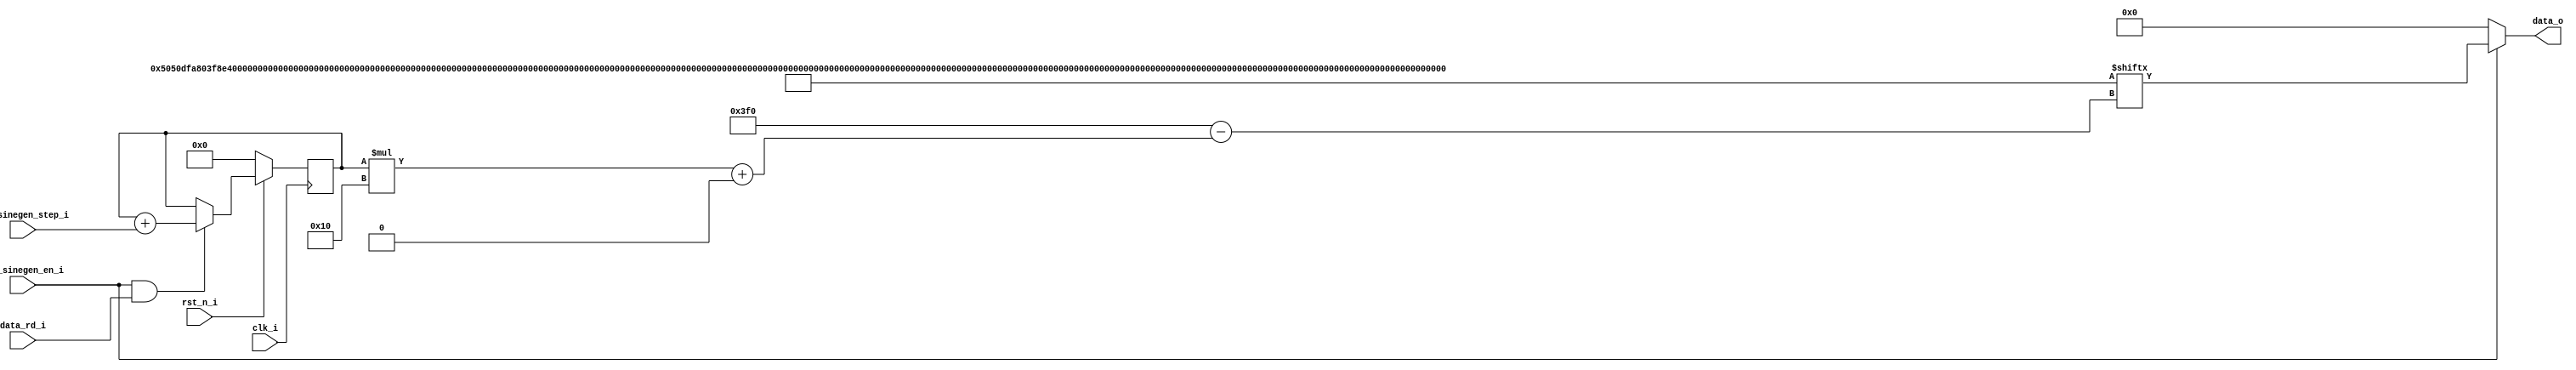
/*
 * AUDIOAC_SINEGEN -- Simple Sine Generator based on a harcoded 16b LUT
 *
 * SPDX-FileCopyrightText: 2021-2022 Harald Pretl and Jakob Ratschenberger (harald.pretl@jku.at)
 * Johannes Kepler University Linz, Institute for Integrated Circuits
 *
 * Parameters:
 *		BW 					...	bitwith of the output data
 *		LUT_SIZE			... defines the size of the look-up-table.
 *								The actual size is 2**LUT_SIZE
 *		SINE_AMPL 			... percentage of the maximum amplitude. The actual 
 *								maximum amplitude is about 2**(BW-1)*SINE_AMPL.
 * Ports:
 *		data_o				... output data of sine generator (BW)
 *		data_rd_i			... advances the generator to the next output value,
 *								controlled by the step size
 *
 *		rst_n_i				... reset (low active)
 *		clk_i				... clock of sine generator (pos. edge)
 *
 *		tst_sinegen_en_i	... enables the sine generator; when disabled then 0 is
 *								output, and the generator is turned off
 *		tst_sinegen_step_i	... controls the step size per read (1 = use every ROM
 *								value, 2 = use every 2nd ROM entry, etc); the higher the
 *								step value, the faster the output sine
 *
 * SPDX-License-Identifier: Apache-2.0
 */

`default_nettype none
`ifndef __AUDIODAC_SINEGEN__
`define __AUDIODAC_SINEGEN__

module audiodac_sinegen 
# (
	parameter BW = 16,
	parameter LUT_SIZE = 6,
	parameter SINE_AMPL = 0.9
) (
	output wire	signed [BW-1:0]			data_o,
	input								data_rd_i,
	input								rst_n_i,
	input								clk_i,

	input								tst_sinegen_en_i,
	input				[LUT_SIZE-2:0]	tst_sinegen_step_i
);
	
	/*
	 *	Function to calculate a single sine-value.
	 *		Input: 	Sine-angle in degrees (integer value)
	 *		Output: Sine value (signed bitvector)
	 */
	
	function signed [BW-1:0] calc_sine_value;
		input integer angle; //in degrees
		/* verilator lint_off UNUSED */	
		integer temp;
		/* verilator lint_on UNUSED */
		begin
			temp = $rtoi(SINE_AMPL*$itor(2**(BW-1)-1)*$sin($itor(angle)*3.1415926/180.0));
			calc_sine_value = temp[BW-1:0];
		end
	endfunction
	
	/*
	 *	Function to generate the LUT
	 */
	
	/* verilator lint_off LITENDIAN */
	function [0:(BW*(2**LUT_SIZE)-1)] calc_sine_values;
		/* verilator lint_off UNUSED */
		input dummy; //dummy input, since a function needs at least one input
		/* verilator lint_on UNUSED */
		integer i;
		begin
			for( i=0; i<2**LUT_SIZE; i=i+1)
				calc_sine_values[i*BW+:BW] = calc_sine_value($rtoi(360.0/$itor(2**LUT_SIZE)*$itor(i)));
		end
	endfunction
	/* verilator lint_on LITENDIAN */
	
	reg	[LUT_SIZE-1:0] read_ptr, next_read_ptr; //pointer for the LUT
	
	// Generate the LUT table as an flattend array
	/* verilator lint_off LITENDIAN */
	wire [0:(BW*(2**LUT_SIZE)-1)] SINE_CONST = calc_sine_values(0);
	/* verilator lint_on LITENDIAN */
	
	//Set the output data
	assign data_o = tst_sinegen_en_i ? SINE_CONST[read_ptr*BW +:BW] : 0;

	// Register process
	always @(posedge clk_i) begin
		if (!rst_n_i) begin
			// reset all registers
			read_ptr <= 0;
		end else begin
			read_ptr <= next_read_ptr;
		end
	end
	
	// Combinatorial process
	always @(*) begin
		next_read_ptr = (tst_sinegen_en_i && data_rd_i) ?
							(read_ptr + {1'b0,tst_sinegen_step_i}) : 	
							read_ptr;
	end

endmodule // audiodac_sinegen

`endif
`default_nettype wire